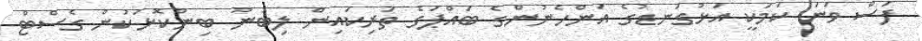
ފަސް ވަނަ ކަމަކީ އަޅުގަނޑުގެ އަންހެނުންގެ ބައްޕަގެ ތަރިކައިން ލިބުނު ބިންކޮޅަކުން ގެސްޓް